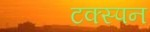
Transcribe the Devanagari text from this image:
टक्स्पन